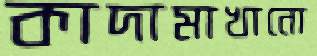
কাদামাখানো